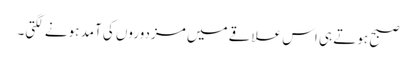
صبح ہوتے ہی اس علاقے میں مزدوروں کی آمد ہونے لگتی۔